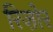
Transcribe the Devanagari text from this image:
रिज़ोर